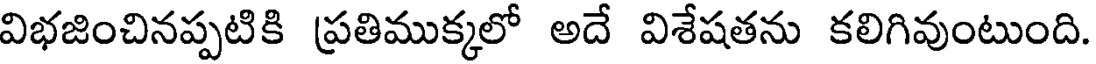
విభజించినప్పటికి ప్రతిముక్కలో అదే విశేషతను కలిగివుంటుంది.